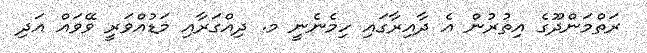
ރަތްމަންދޫގެ އިތުރުން އެ ދާއިރާގައި ހިމެނެނީ މ. ދިއްގަރާއި މަޑުއްވަރީ ވޭވައް އަދި